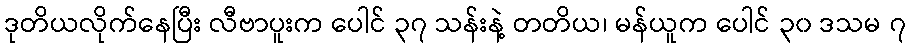
ဒုတိယလိုက်နေပြီး လီဗာပူးက ပေါင် ၃၇ သန်းနဲ့ တတိယ၊ မန်ယူက ပေါင် ၃၀ ဒသမ ၇